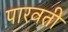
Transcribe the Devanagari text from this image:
पारवती